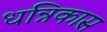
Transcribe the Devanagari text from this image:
धन्निकास